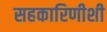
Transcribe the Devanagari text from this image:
सहकारिणीशी